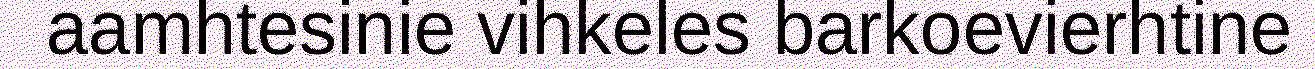
aamhtesinie vihkeles barkoevierhtine